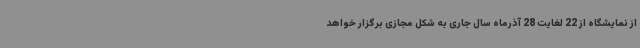
از نمایشگاه از 22 لغایت 28 آذرماه سال جاری به شکل مجازی برگزار خواهد